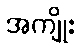
အကျိုး